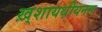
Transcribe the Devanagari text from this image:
ख़्शायथ़ीयनम